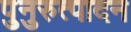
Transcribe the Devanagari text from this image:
पुनुरुत्पादन